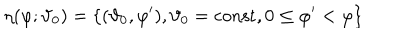
LaTeX: \eta ( \varphi ; \vartheta _ { 0 } ) = \{ ( \vartheta _ { 0 } , \varphi ^ { \prime } ) , \vartheta _ { 0 } = \mathrm { c o n s t } , 0 \leq \varphi ^ { \prime } < \varphi \}